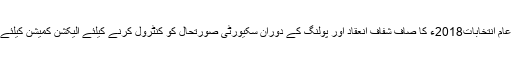
تجزیہ کاروں کا کہنا ہے کہ عام انتخابات2018ء کا صاف شفاف انعقاد اور پولنگ کے دوران سکیورٹی صورتحال کو کنٹرول کرنے کیلئے الیکشن کمیشن کیلئے کسی چیلنج سے کم نہیں ہے۔